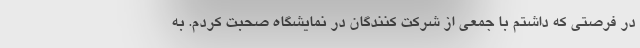
در فرصتی که داشتم با جمعی از شرکت کنندگان در نمایشگاه صحبت کردم. به